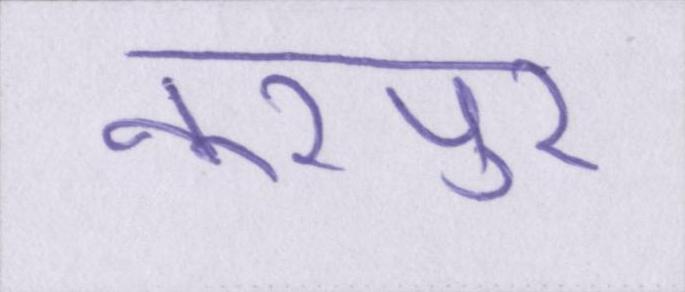
नूरपुर